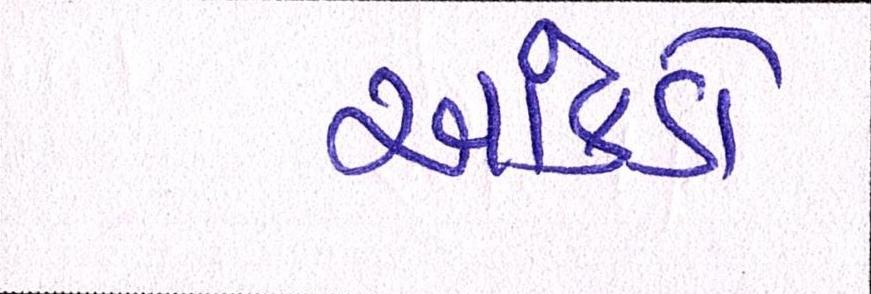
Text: આંકડો